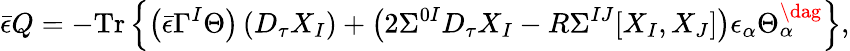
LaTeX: {\bar{\epsilon}}Q=-\mathrm{Tr}\left\{ \left({\bar{\epsilon}}\Gamma^{I}\Theta\right)\left(D_{\tau}X_{I}\right)+\left(2\Sigma^{0I}D_{\tau}X_{I}-R\Sigma^{IJ}[X_{I},X_{J}]\right)\epsilon_{\alpha}\Theta_{\alpha}^{\dag}\right\} ,